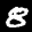
Label: 8